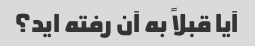
آیا قبلاً به آن رفته اید؟